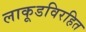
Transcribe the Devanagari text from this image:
लाकूडविरहित